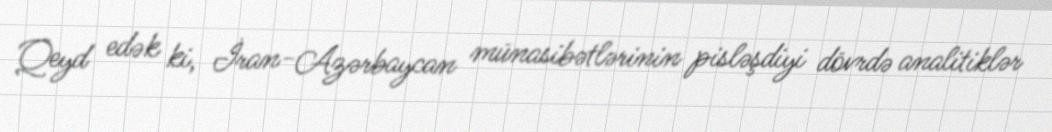
Qeyd edək ki, İran-Azərbaycan münasibətlərinin pisləşdiyi dövrdə analitiklər